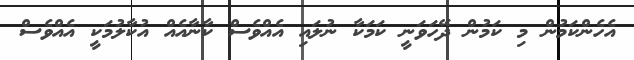
އެހެންކަމުން މި ކަމުން ދޭހަވަނީ ކަމަކާ ނުލައި އެއްވެސް ކާނާއެއް އުކާލުމަކީ އެއްވެސް